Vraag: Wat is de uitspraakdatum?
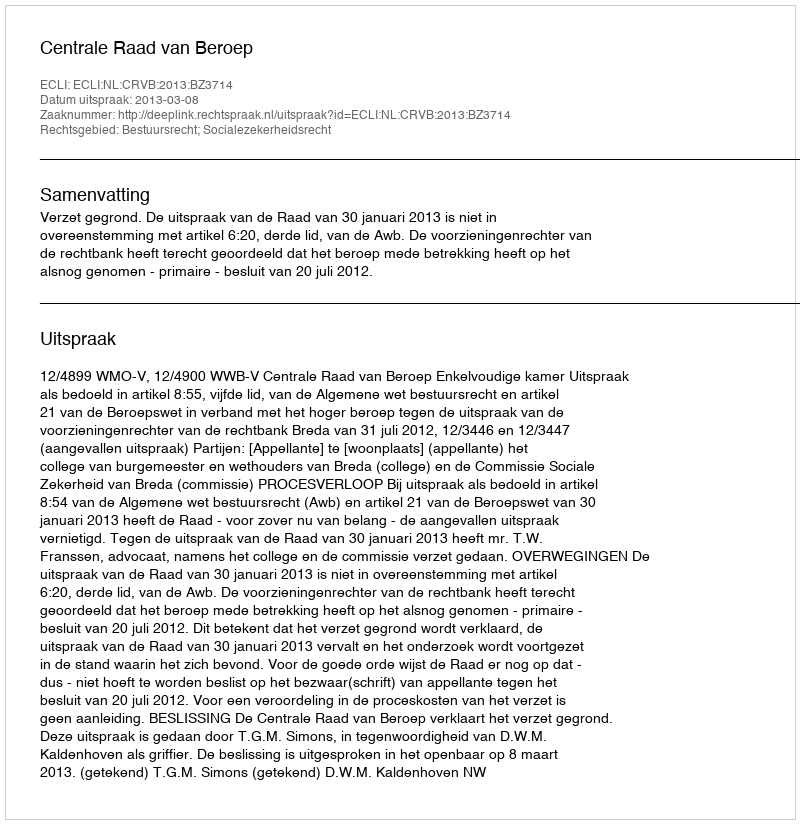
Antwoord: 2013-03-08